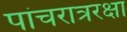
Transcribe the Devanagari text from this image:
पांचरात्ररक्षा